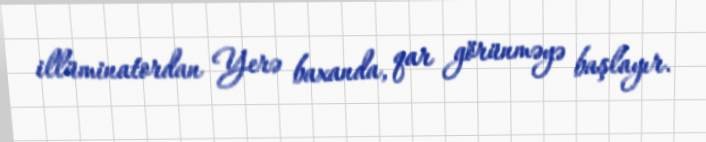
illüminatordan Yerə baxanda, qar görünməyə başlayır.